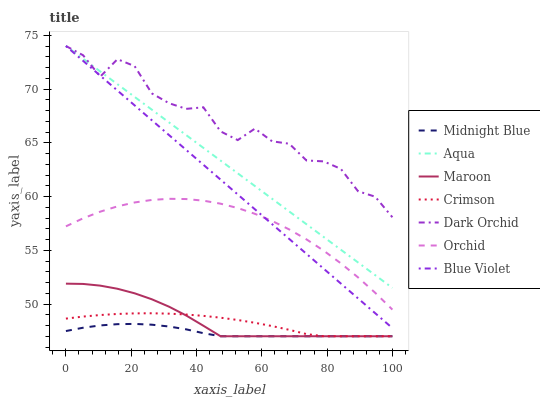
| xaxis_label | Midnight Blue | Aqua | Maroon | Crimson | Dark Orchid | Orchid | Blue Violet |
 | --- | --- | --- | --- | --- | --- | --- | --- |
 | 0 | 47.5 | 74 | 51.9 | 48.6 | 74 | 57.2 | 74 |
 | 5.26 | 47.8 | 72.8 | 51.9 | 48.8 | 73.1 | 58 | 72.6 |
 | 10.5 | 48 | 71.6 | 51.7 | 49 | 71.2 | 58.6 | 71.2 |
 | 15.8 | 48.1 | 70.4 | 51.4 | 49.1 | 72.8 | 59.1 | 69.9 |
 | 21.1 | 48.1 | 69.3 | 51 | 49.1 | 72.1 | 59.4 | 68.5 |
 | 26.3 | 48.1 | 68.1 | 50.4 | 49.1 | 69.6 | 59.7 | 67.1 |
 | 31.6 | 47.9 | 66.9 | 49.8 | 49.1 | 68.7 | 59.8 | 65.7 |
 | 36.8 | 47.6 | 65.7 | 48.9 | 49 | 68.2 | 59.8 | 64.3 |
 | 42.1 | 47.3 | 64.5 | 48 | 48.9 | 68.3 | 59.6 | 63 |
 | 47.4 | 47 | 63.3 | 47 | 48.7 | 66.1 | 59.3 | 61.6 |
 | 52.6 | 47 | 62.2 | 47 | 48.5 | 65.2 | 58.9 | 60.2 |
 | 57.9 | 47 | 61 | 47 | 48.3 | 66.3 | 58.4 | 58.8 |
 | 63.2 | 47 | 59.8 | 47 | 47.9 | 65.1 | 57.7 | 57.4 |
 | 68.4 | 47 | 58.6 | 47 | 47.6 | 64.9 | 56.9 | 56 |
 | 73.7 | 47 | 57.4 | 47 | 47.2 | 63.4 | 56 | 54.7 |
 | 78.9 | 47 | 56.2 | 47 | 47 | 63.3 | 55 | 53.3 |
 | 84.2 | 47 | 55.1 | 47 | 47 | 62.6 | 53.8 | 51.9 |
 | 89.5 | 47 | 53.9 | 47 | 47 | 60.5 | 52.5 | 50.5 |
 | 94.7 | 47 | 52.7 | 47 | 47 | 60 | 51 | 49.1 |
 | 100 | 47 | 51.5 | 47 | 47 | 58.1 | 49.5 | 47.8 |